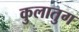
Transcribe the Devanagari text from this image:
कुलातुग